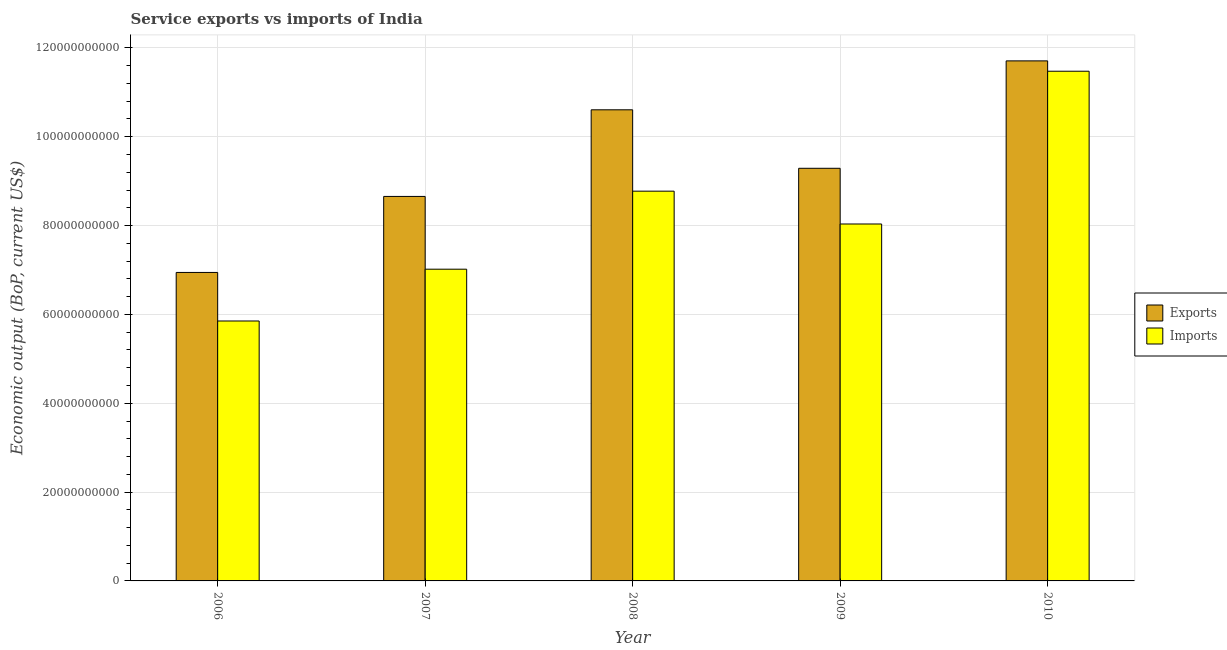
| Year | Exports | Imports |
 | --- | --- | --- |
 | 2006 | 6.94e+10 | 5.85e+10 |
 | 2007 | 8.66e+10 | 7.02e+10 |
 | 2008 | 1.06e+11 | 8.77e+10 |
 | 2009 | 9.29e+10 | 8.03e+10 |
 | 2010 | 1.17e+11 | 1.15e+11 |